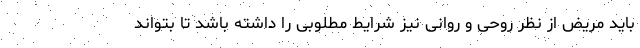
باید مریض از نظر روحی و روانی نیز شرایط مطلوبی را داشته باشد تا بتواند